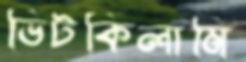
ভিটকিলামি